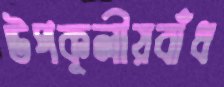
উপকূলীয়বাঁধ